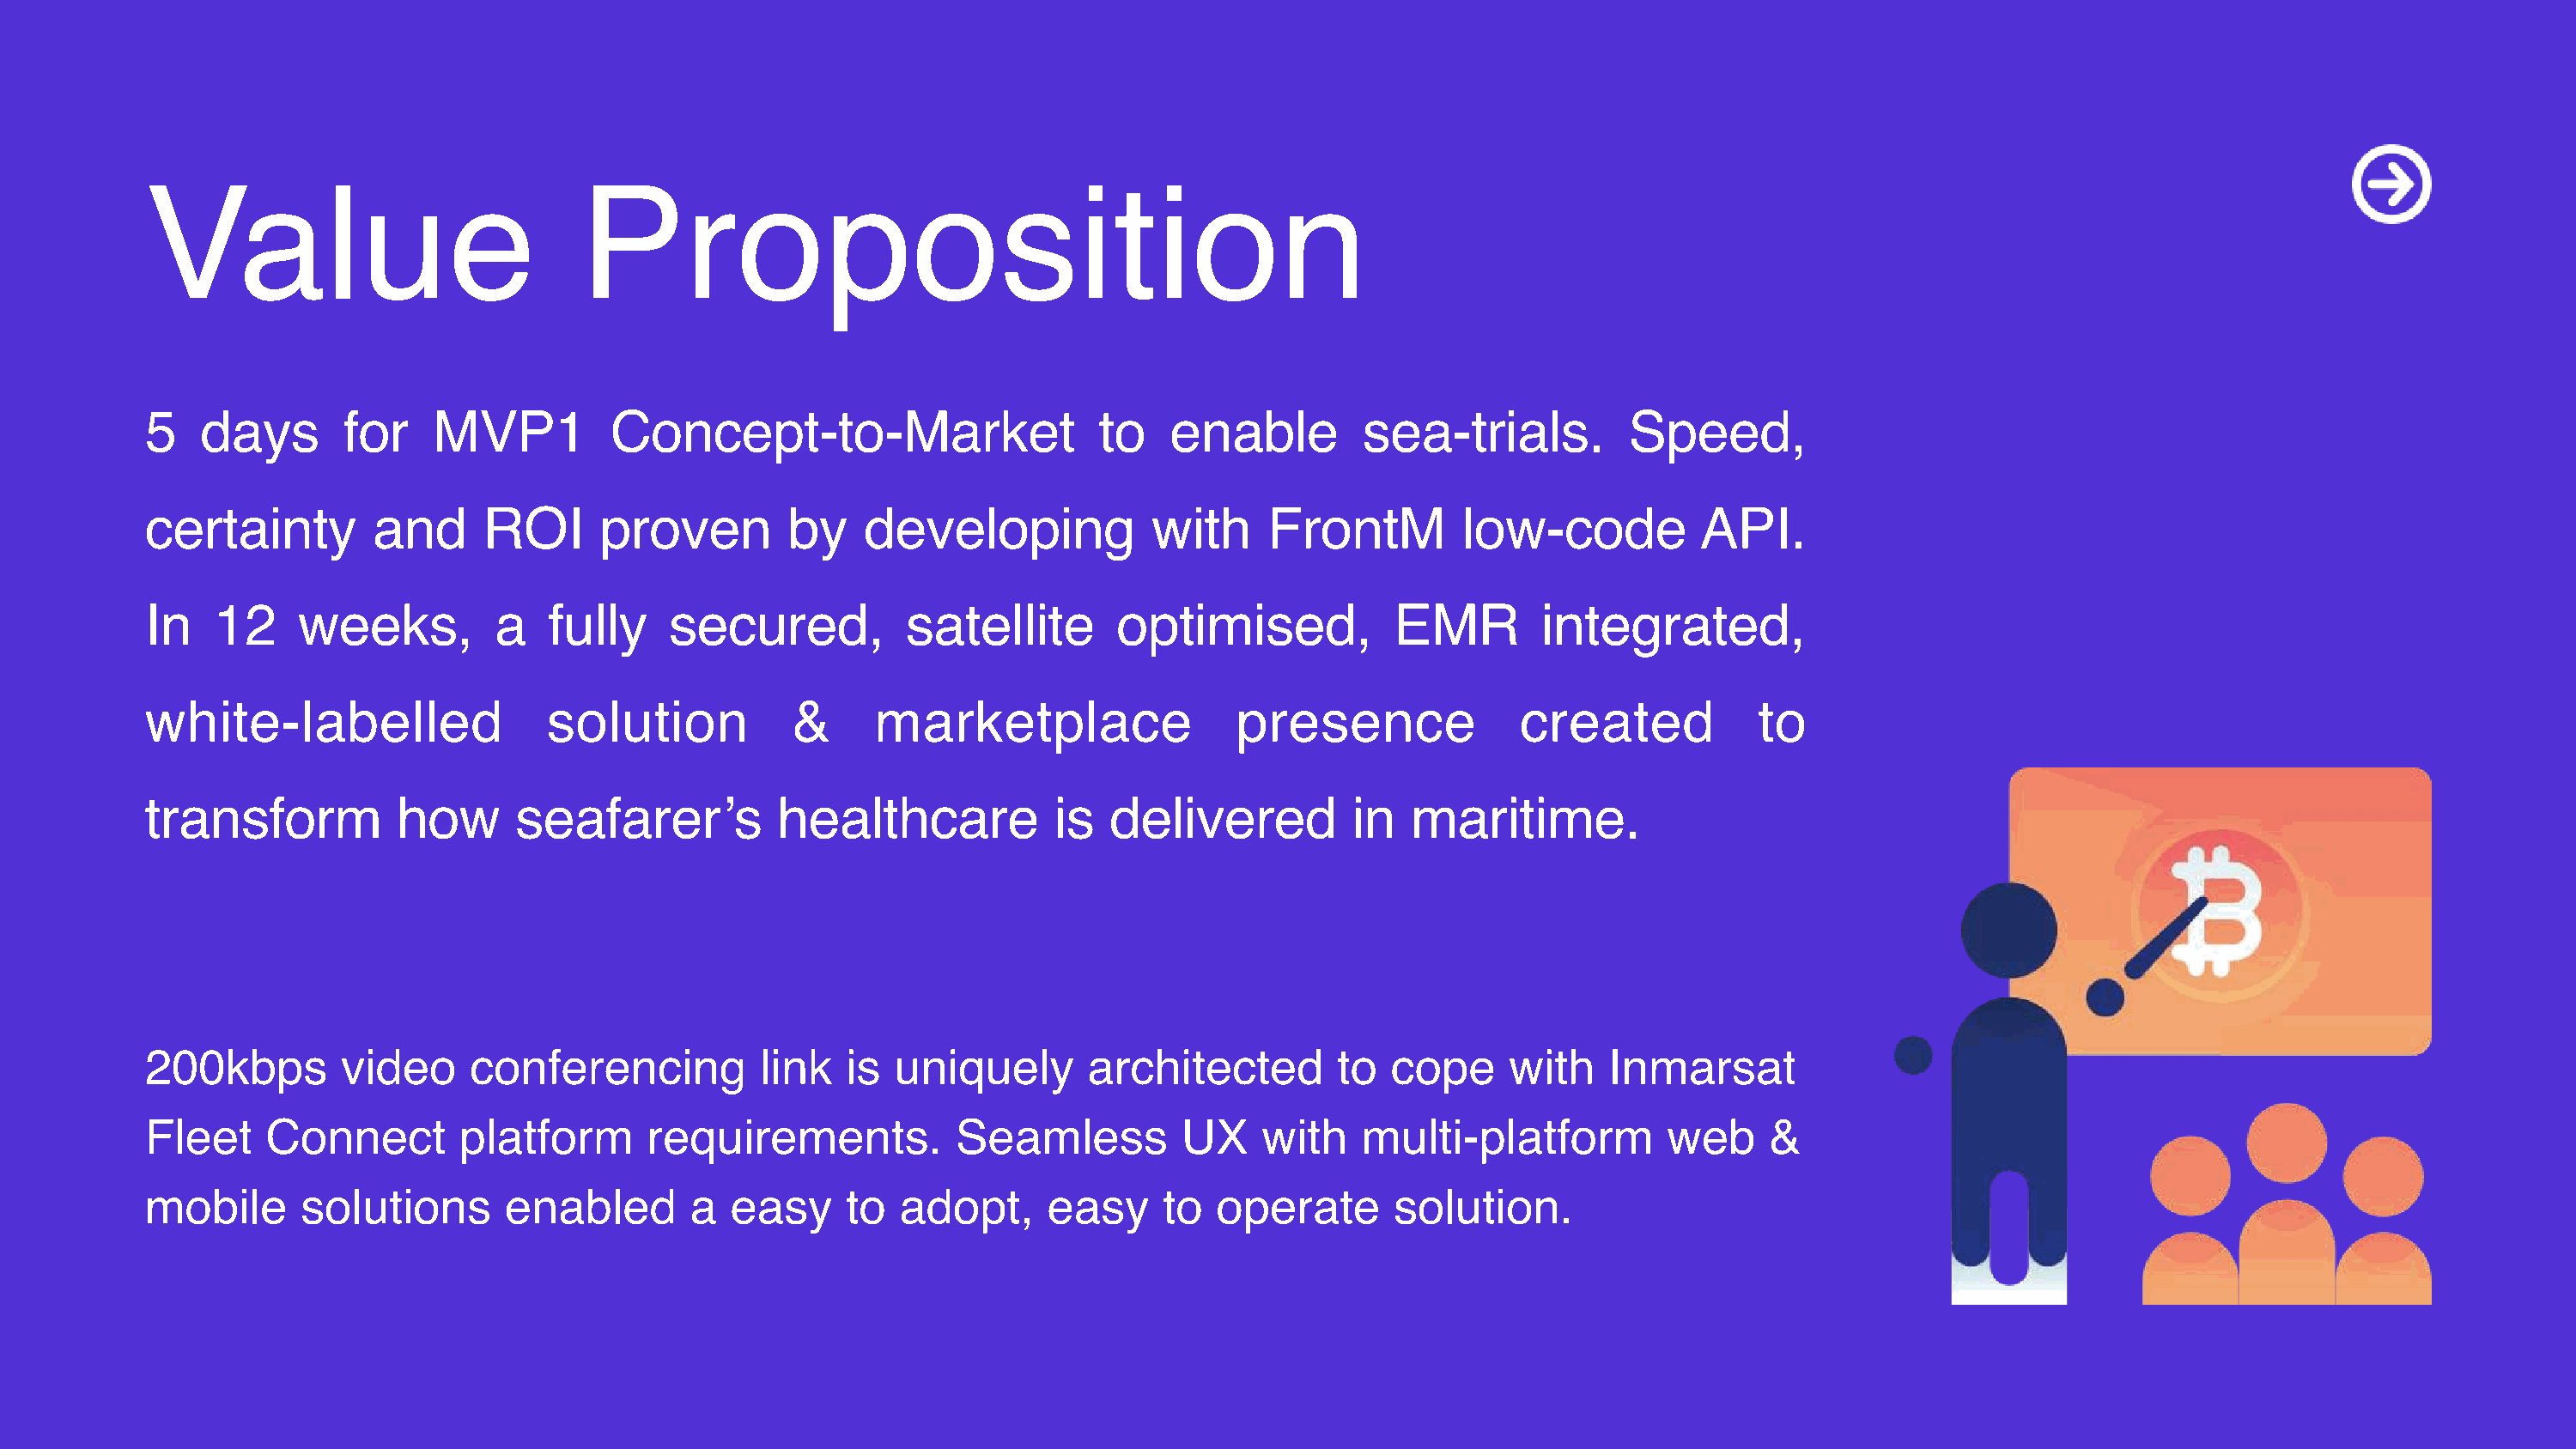
Value                             Proposition
 5   days       for    MVP1          Concept-to-Market                     to   enable         sea-trials.          Speed,
 certainty         and     ROI      proven         by    developing            with     FrontM         low-code          API.
 In   12     weeks,         a   fully     secured,          satellite       optimised,           EMR         integrated,
 white-labelled                 solution           &     marketplace                 presence              created            to
 transform           how      seafarer’s          healthcare           is   delivered         in   maritime.
 200kbps        video     conferencing           link  is  uniquely       architected        to  cope     with    Inmarsat
 Fleet    Connect        platform       requirements.           Seamless         UX    with    multi-platform          web    &
 mobile      solutions       enabled       a  easy     to  adopt,      easy     to  operate      solution.